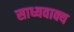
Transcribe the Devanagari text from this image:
साध्यवाक्य